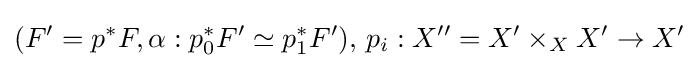
(F'=p^{*}F,\alpha :p_{0}^{*}F'\simeq p_{1}^{*}F'),\,p_{i}:X''=X'\times _{X}X'\to X'